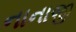
નાનાજી